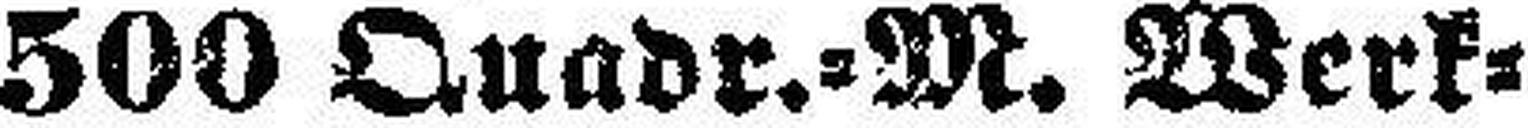
500 Quadr.-M. Werk¬